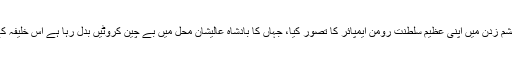
سفیر نے چشم زدن میں اپنی عظیم سلطنت رومن ایمپائر کا تصور کیا، جہاں کا بادشاہ عالیشان محل میں بے چین کروٹیں بدل رہا ہے اس خلیفہ کے ڈر سے۔